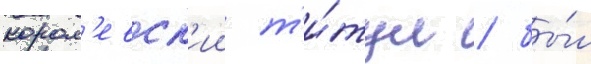
корол'евск'ии т'и́тул / бы́л